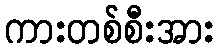
ကားတစ်စီးအား